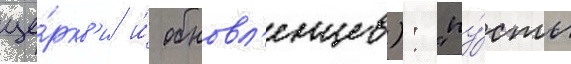
це́ркв'и и́ обновл'енцев): "пу́сть